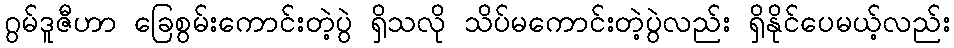
ဂွမ်ဒူဇီဟာ ခြေစွမ်းကောင်းတဲ့ပွဲ ရှိသလို သိပ်မကောင်းတဲ့ပွဲလည်း ရှိနိုင်ပေမယ့်လည်း